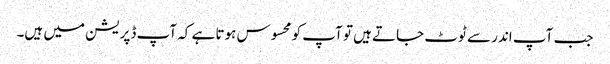
جب آپ اندر سے ٹوٹ جاتے ہیں تو آپ کو محسوس ہوتا ہے کہ آپ ڈپریشن میں ہیں۔